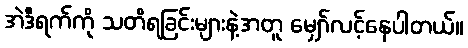
အဲဒီရက်ကို သတိရခြင်းများနဲ့အတူ မျှော်လင့်နေပါတယ်။